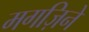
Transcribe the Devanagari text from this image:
मगज़िने